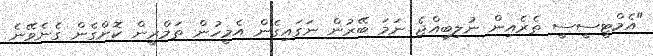
"އެމްޓީސީސީ ތެރެއިން ނުލިބިއްޖެ ނަމަ ބޭރުން ނަގައިގެން އެމީހުން ތަމްރީން ކޮށްގެން ގެނެވޭނެ